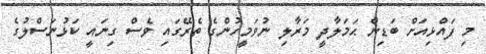
މި ފައްޅިއަށް ބަޑިން ޙަމަލާދީ މަރާލި ނުވަމީހުންގެ ތެރޭގައި ވެސް ގިނައީ ކަޅުނަސްލުގެ